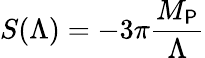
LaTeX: S(\Lambda)=-3\pi\frac{M_{\sf P}}{\Lambda}